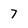
Character: 7